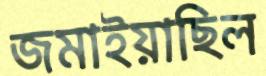
জমাইয়াছিল